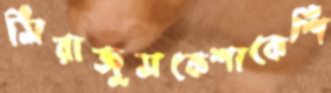
সিরাজুসকেশাকেশি